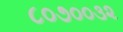
૮૦૭૦૦૩૨